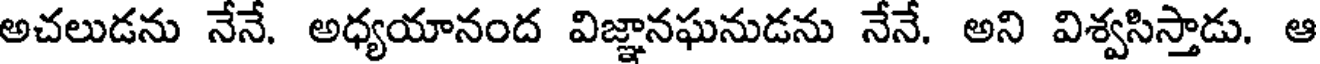
అచలుడను నేనే. అధ్యయానంద విజ్ఞానఘనుడను నేనే. అని విశ్వసిస్తాడు. ఆ